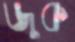
জুক